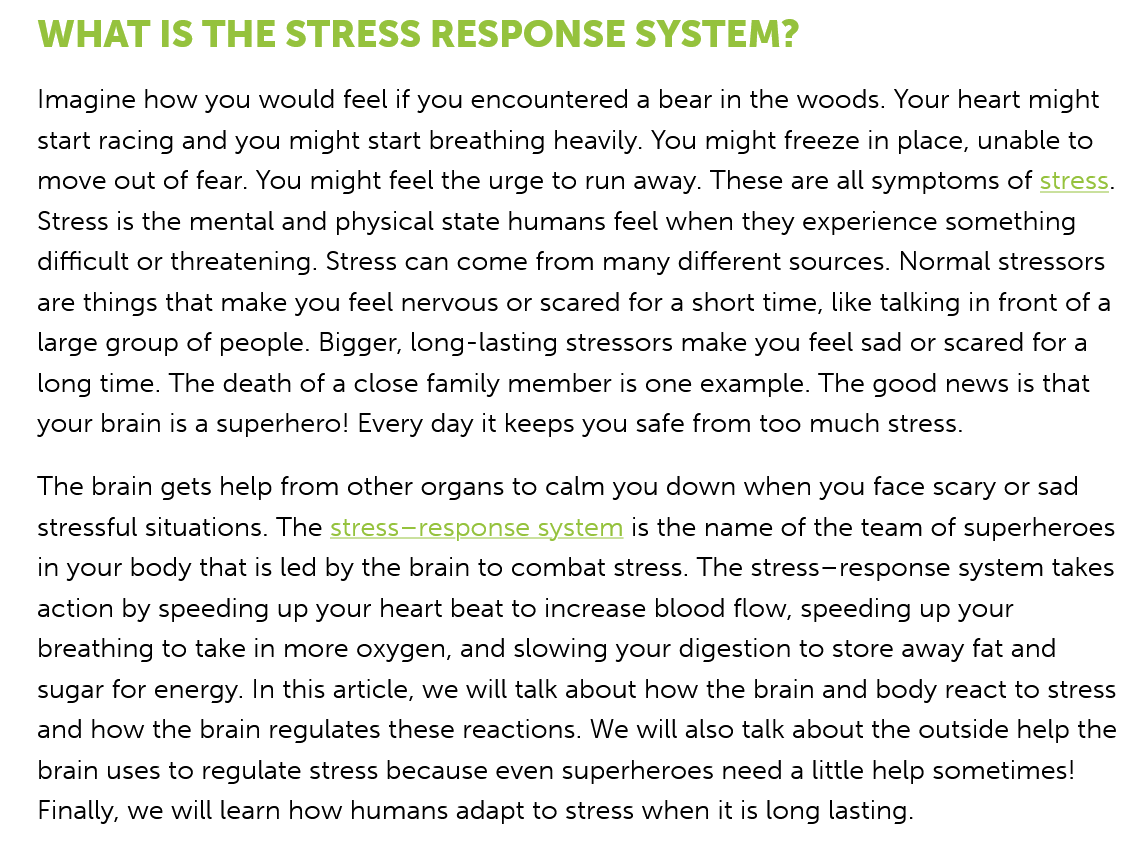
WHAT   IS   THE   STRESS    RESPONSE    SYSTEM?
   Imagine how you would feel if you encountered a bear in the woods. Your heart might
   start racing and you might start breathing heavily. You might freeze in place, unable to
   move out of fear. You might feel the urge to run away. These are all symptoms of stress.
   Stress is the mental and physical state humans feel when they experience something
   difficult or threatening. Stress can come from many different sources. Normal stressors
   are things that make you feel nervous or scared for a short time, like talking in front of a
   large group of people. Bigger, long-lasting stressors make you feel sad or scared for a
   long time. The death of a close family member is one example. The good news is that
   your brain is a superhero! Every day it keeps you safe from too much stress.
   The brain gets help from other organs to calm you down when you face scary or sad
   stressful situations. The stress—response system is the name of the team of superheroes
   in your body that is led by the brain to combat stress. The stress—response system takes
   action by speeding up your heart beat to increase blood flow, speeding up your
   breathing to take in more oxygen, and slowing your digestion to store away fat and
   sugar for energy. In this article, we will talk about how the brain and body react to stress
   and how the brain regulates these reactions. We will also talk about the outside help the
   brain uses to regulate stress because even superheroes need a little help sometimes!
   Finally, we will learn how humans adapt to stress when it is long lasting.